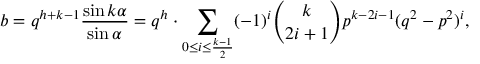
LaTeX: b = q ^ { h + k - 1 } { \frac { \sin k \alpha } { \sin \alpha } } = q ^ { h } \cdot \sum _ { 0 \leq i \leq { \frac { k - 1 } { 2 } } } ( - 1 ) ^ { i } { \binom { k } { 2 i + 1 } } p ^ { k - 2 i - 1 } ( q ^ { 2 } - p ^ { 2 } ) ^ { i } ,